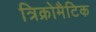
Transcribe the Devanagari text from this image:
त्रिक्रोमैटिक